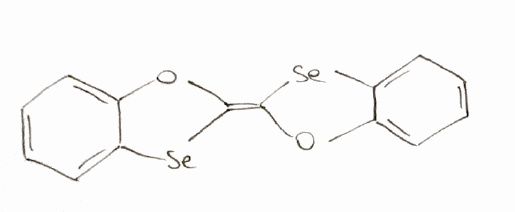
Simplified molecular-input line-entry system (SMILES) notation of the given molecule:
C1=CC=C2C(=C1)O/C(=C\3/OC4=CC=CC=C4[Se]3)/[Se]2